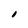
Character: I